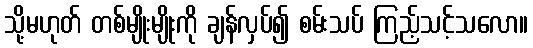
သို့မဟုတ် တစ်မျိုးမျိုးကို ချန်လှပ်၍ စမ်းသပ် ကြည့်သင့်သလော။